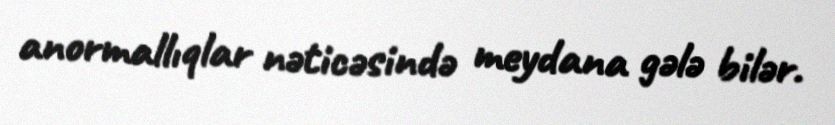
anormallıqlar nəticəsində meydana gələ bilər.